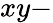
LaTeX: xy-